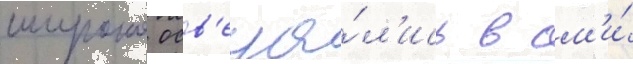
широко осв'еща́л'ись в см'и́